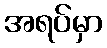
အရပ်မှာ